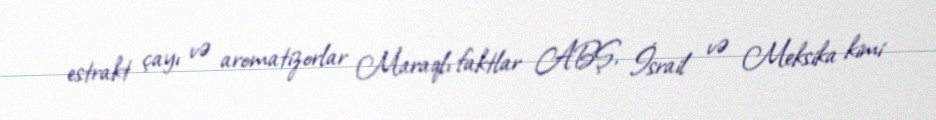
estrakt çayı və aromatizorlar Maraqlı faktlar ABŞ, İsrail və Meksika kimi